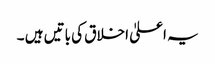
یہ اعلیٰ اخلاق کی باتیں ہیں ۔